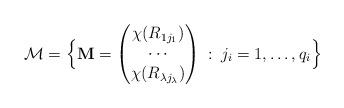
LaTeX: \begin{align*}\mathcal{M}=\Bigl\{\mathbf{M}=\begin{pmatrix}\chi(R_{1 j_1})\\\cdots \\\chi(R_{\lambda j_\lambda})\end{pmatrix}\::\: j_i = 1,\ldots,q_i \Bigr\}\end{align*}